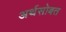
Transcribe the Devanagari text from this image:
अर्थसोबत